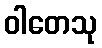
ဝါတေသု